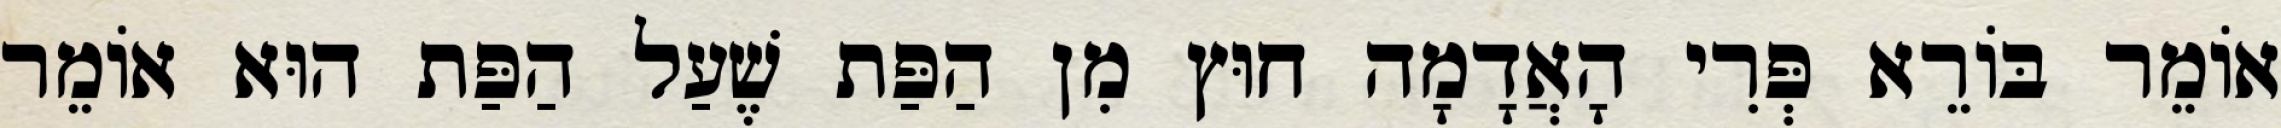
אוֹמֵר בּוֹרֵא פְּרִי הָאֲדָמָה חוּץ מִן הַפַּת שֶׁעַל הַפַּת הוּא אוֹמֵר